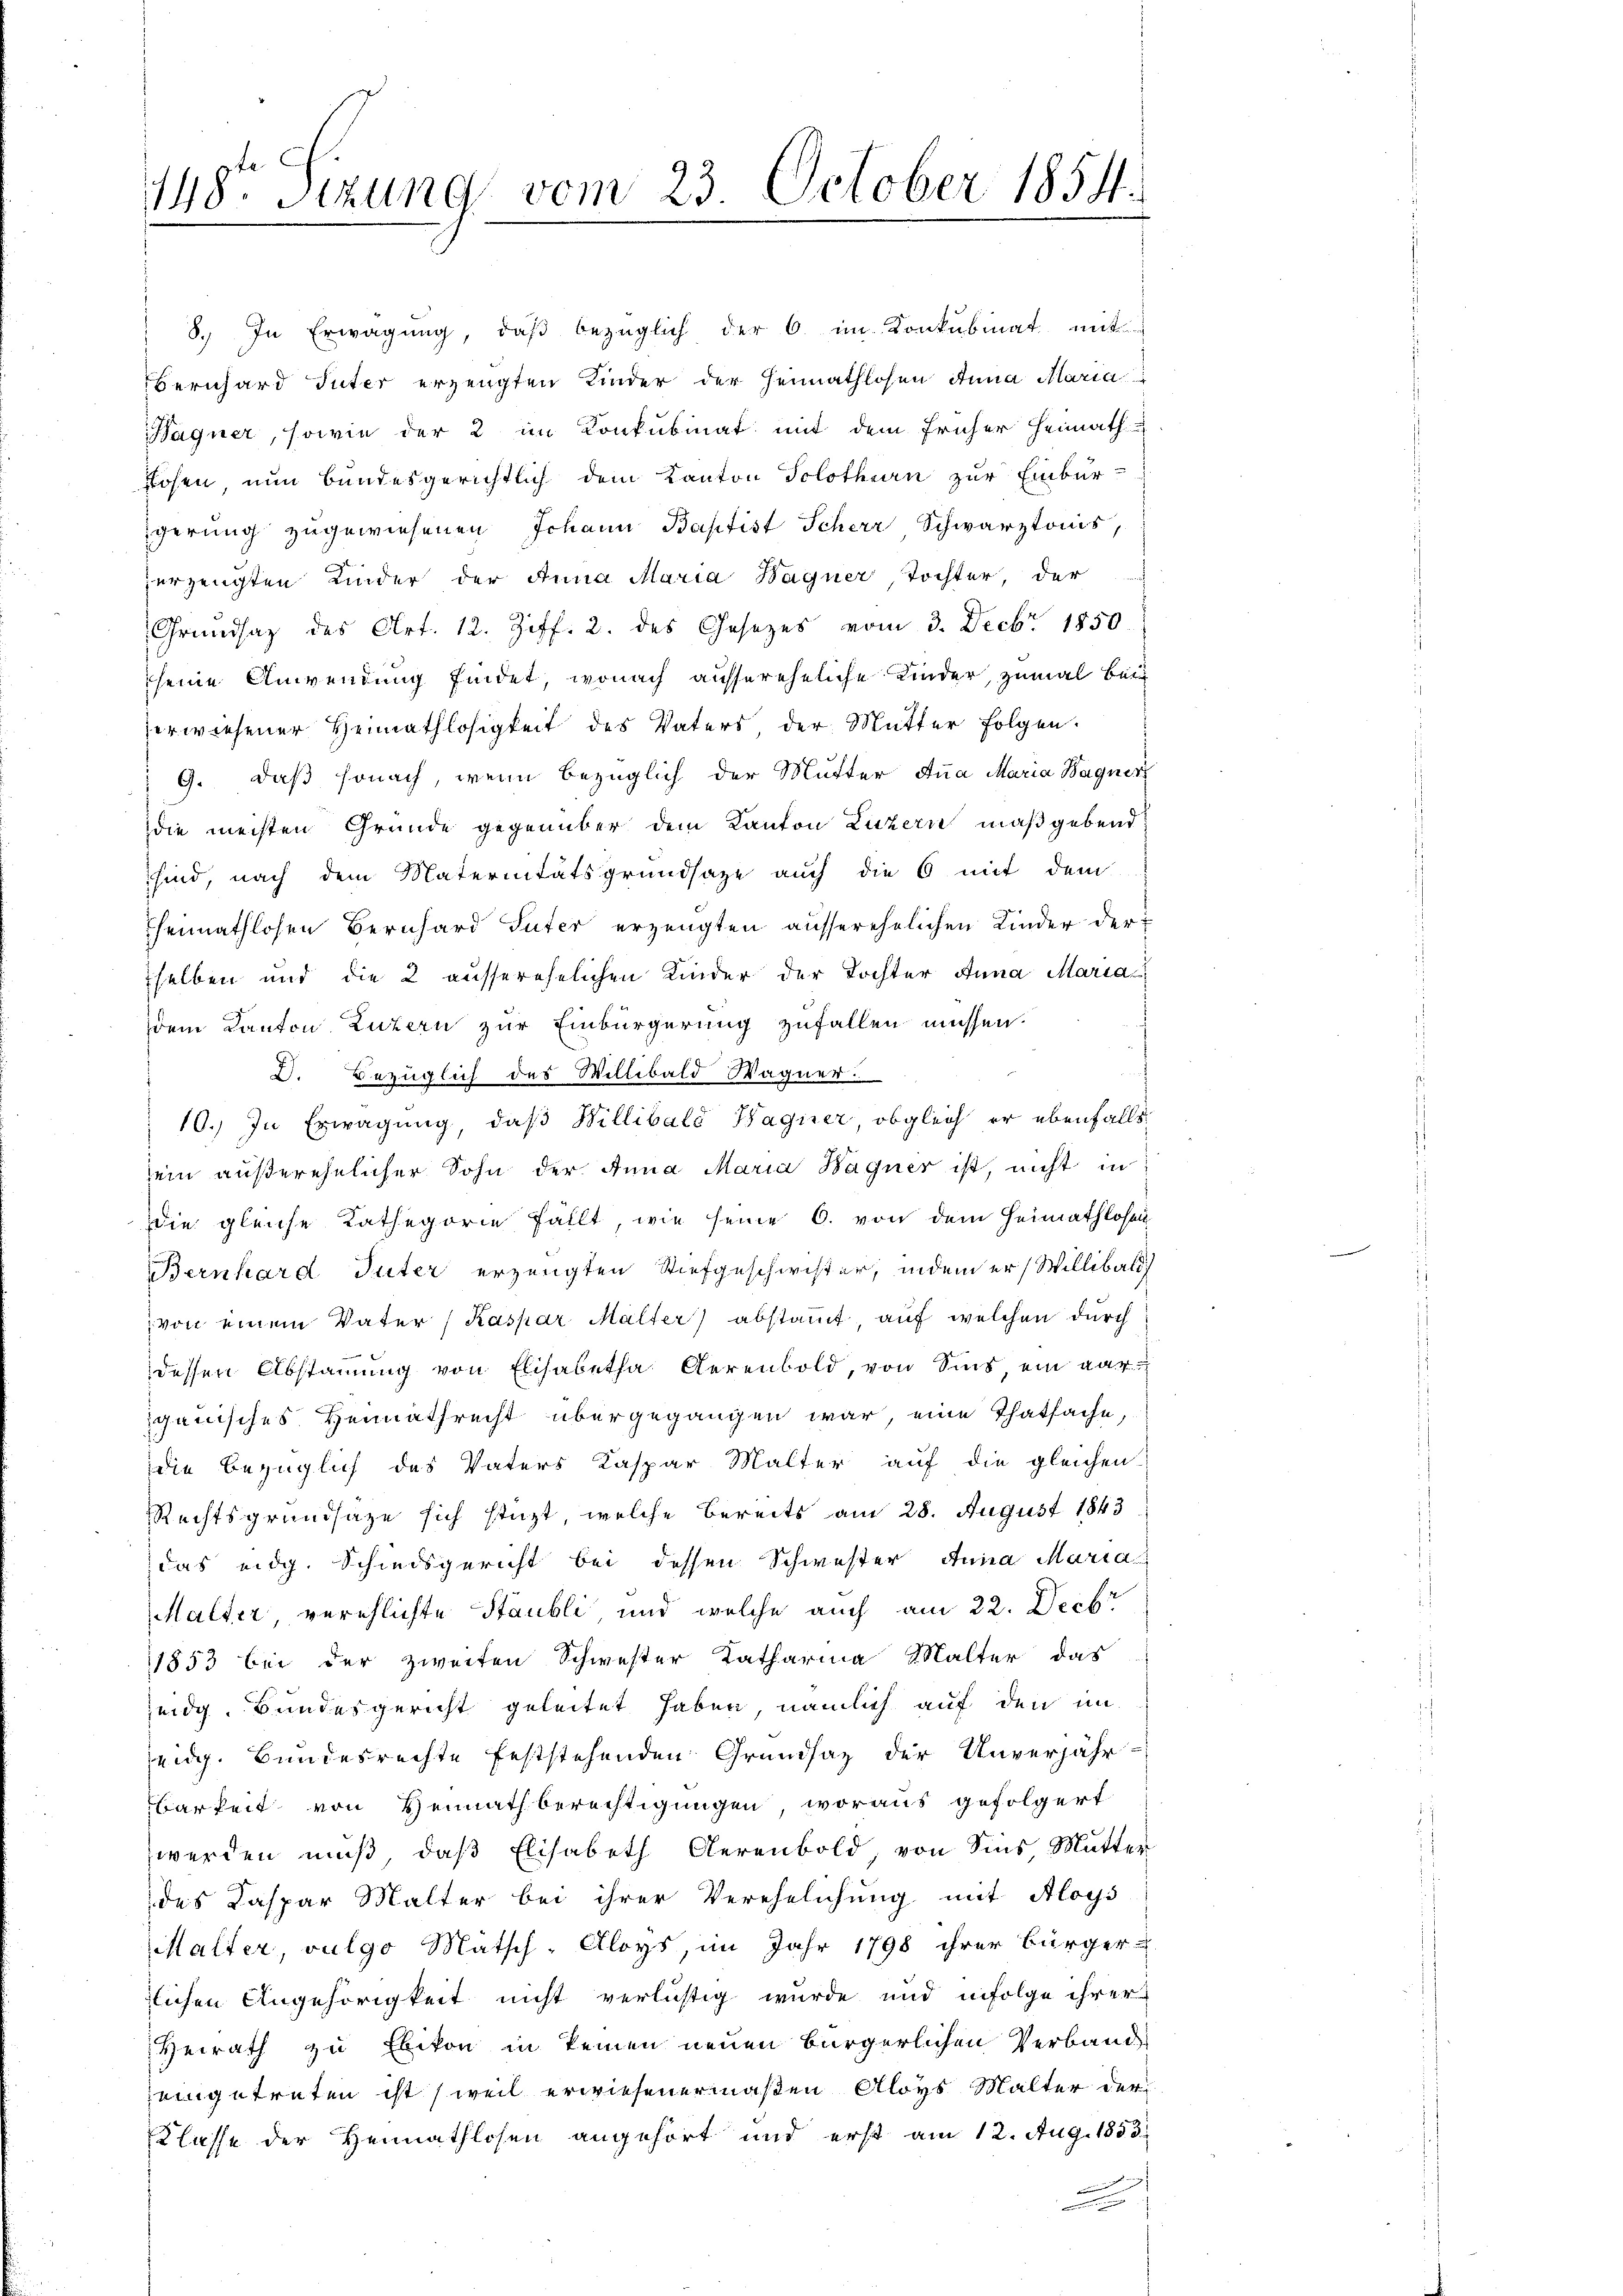
8. In Erwägung, daß bezüglich der 6 im Konkubinat mit
Bernhard Inter erzeugten Kinder der Heimathlosen Anna Maria
Hagner, sowie der 2 im Konkubinat mit dem früher Heimath
Rosen, nun bundesgerichtlich dem Kanton Solothurn zur Einbür-
igerung zugewiesenen Johann Baptist Scherr Schwarztonis,
zerzeugten Kinder der Anna Maria Wagner, Tochter, der
Grundsaz des Art. 12. Ziff. 2. des Gesetzes vom 3. Decbr. 1850.
seine Anwendung findet, wonach aussereheliche Kinder, zumal Ber
erwiesener Heimathlosigkeit des Vaters, der Mutter folgen.
 9. daß sonach, wenn bezüglich der Mutter Anna Maria Wagner
die meisten Grunde gegenüber dem Kanton Luzern maßgebend
sind, nach dem Maternitätsgrundsaze auch die 6 mit dem
Theimathlosen Bernhard Suter erzeugten ausserehelichen Kinder der
selben und die 2 ausserehelichen Kinder der Tochter Anna Maria
dem Kanton Luzern zur Einbürgerung zufallen müssen.
I. Bezüglich des Willibald Wagner
10.) In Erwägung, daß Willibald Hagner, obgleich er ebenfalls
ein außerehelicher Sohn der Anna Maria Hagner ist, nicht in
die gleiche Kathegorie fällt, wie seine 6. von dem Heimathlosen
Bernhard Tuter erzeugten Stiefgeschwister, indem er Willibald
von einem Vater (Kaspar Malter) abstamt, auf welchen durch
dessen Abstammung von Elisabetha Gerenbold, von Sind ein garganisches Heimathrecht übergegangen war, eine Thatsache
die bezüglich des Vaters Kaspar Malter auf die gleichen
Rechtsgrundsaze sich stüzt, welche bereits am 28. August 1843
das eidg. Schiedsgericht bei dessen Schwester Anna Maria
Malter, verehlichte Staubli, und welche auch am 22. Decbr
1853 bei der zweiten Schwester Katharina Malter das
eidg. Bundesgericht geleitet haben, nämlich auf den im
eidg. Bundesrechte feststehenden Grundsaz der Unverjähr-
barkeit von Heimathberechtigungen, woraus gefolgert
werden muß, daß Elisabeth derenbold, von Sins Mutter
des Kaspar Malter bei ihrer Verehelichung mit Aloys
halter vulgo Matsch-Aloys, im Jahr 1798 ihrer Bürger-
lichen Angehörigkeit nicht verlistig wurde und infolge ihrer
Heirath zu Ebikon in keinen neuen Bürgerlichen Verband
eingetreten ist (weil erwiesenermaßen Aloys Malter der
Klasse der Heimathlosen angehört und erst am 12. Aug. 1853.
i
F

148. Sizung vom 23. October 1854.